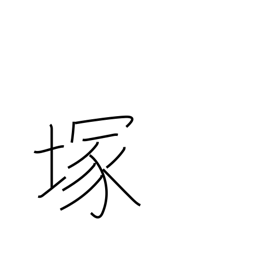
Meaning: mound